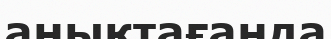
анықтағаңда